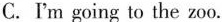
C.I'm going to the zoo.